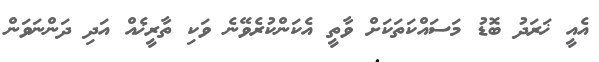
އެއީ ޚަރަދު ބޮޑު މަސައްކަތަކަށް ވާތީ އެކަންކުރެވޭނެ ވަކި ތާރީޚެއް އަދި ދަންނަވަން